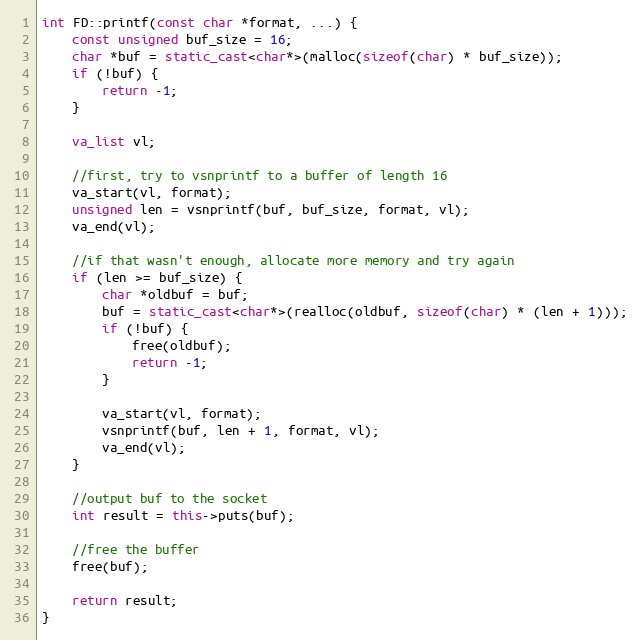
Language: C++
int FD::printf(const char *format, ...) {
	const unsigned buf_size = 16;
	char *buf = static_cast<char*>(malloc(sizeof(char) * buf_size));
	if (!buf) {
		return -1;
	}

	va_list vl;

	//first, try to vsnprintf to a buffer of length 16
	va_start(vl, format);
	unsigned len = vsnprintf(buf, buf_size, format, vl);
	va_end(vl);

	//if that wasn't enough, allocate more memory and try again
	if (len >= buf_size) {
		char *oldbuf = buf;
		buf = static_cast<char*>(realloc(oldbuf, sizeof(char) * (len + 1)));
		if (!buf) {
			free(oldbuf);
			return -1;
		}

		va_start(vl, format);
		vsnprintf(buf, len + 1, format, vl);
		va_end(vl);
	}

	//output buf to the socket
	int result = this->puts(buf);

	//free the buffer
	free(buf);

	return result;
}